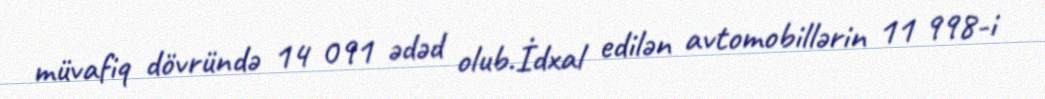
müvafiq dövründə 14 091 ədəd olub.İdxal edilən avtomobillərin 11 998-i